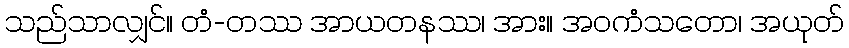
သည်သာလျှင်။ တံ-တဿ အာယတနဿ၊ အား။ အဝကံသတော၊ အယုတ်